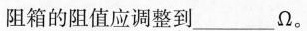
阻箱的阻值应调整到___Ω。